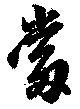
當